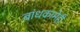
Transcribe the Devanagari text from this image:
बांधकामेही